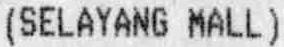
(SELAYANG MALL)